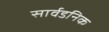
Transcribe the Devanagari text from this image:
सार्वडनिक